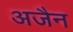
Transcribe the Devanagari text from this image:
अजैन